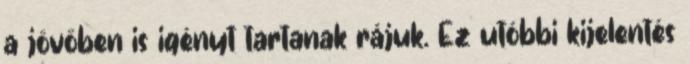
a jövőben is igényt tartanak rájuk. Ez utóbbi kijelentés